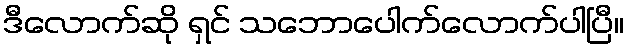
ဒီလောက်ဆို ရှင် သဘောပေါက်လောက်ပါပြီ။